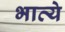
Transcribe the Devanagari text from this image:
भाव्ये